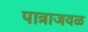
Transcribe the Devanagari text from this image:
पात्राजवळ